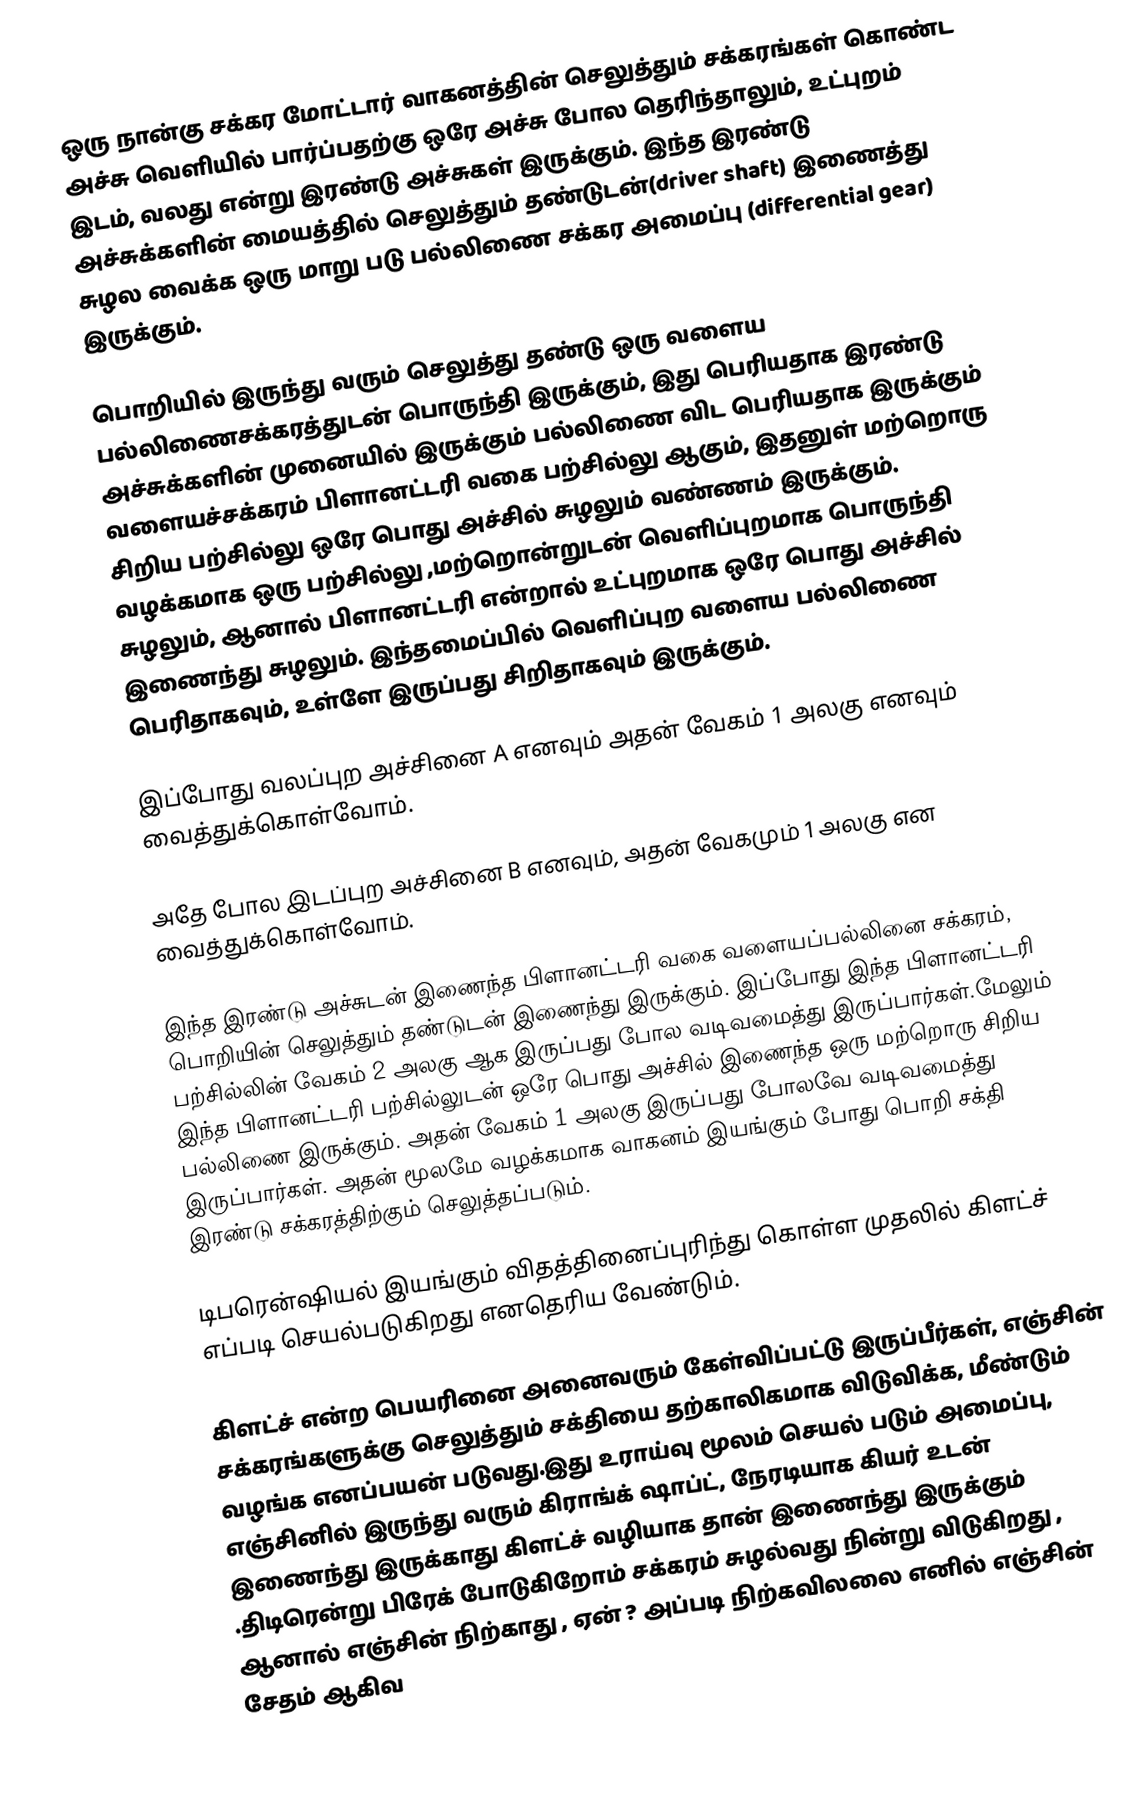
ஒரு நான்கு சக்கர மோட்டார் வாகனத்தின் செலுத்தும் சக்கரங்கள் கொண்ட அச்சு வெளியில் பார்ப்பதற்கு ஒரே அச்சு போல தெரிந்தாலும், உட்புறம் இடம், வலது என்று இரண்டு அச்சுகள் இருக்கும். இந்த இரண்டு அச்சுக்களின் மையத்தில் செலுத்தும் தண்டுடன்(driver shaft) இணைத்து சுழல வைக்க ஒரு மாறு படு பல்லிணை சக்கர அமைப்பு (differential gear) இருக்கும்.

பொறியில் இருந்து வரும் செலுத்து தண்டு ஒரு வளைய பல்லிணைசக்கரத்துடன் பொருந்தி இருக்கும், இது பெரியதாக இரண்டு அச்சுக்களின் முனையில் இருக்கும் பல்லிணை விட பெரியதாக இருக்கும் வளையச்சக்கரம் பிளானட்டரி வகை பற்சில்லு ஆகும், இதனுள் மற்றொரு சிறிய பற்சில்லு ஒரே பொது அச்சில் சுழலும் வண்ணம் இருக்கும். வழக்கமாக ஒரு பற்சில்லு ,மற்றொன்றுடன் வெளிப்புறமாக பொருந்தி சுழலும், ஆனால் பிளானட்டரி என்றால் உட்புறமாக ஒரே பொது அச்சில் இணைந்து சுழலும். இந்தமைப்பில் வெளிப்புற வளைய பல்லிணை பெரிதாகவும், உள்ளே இருப்பது சிறிதாகவும் இருக்கும்.

இப்போது வலப்புற அச்சினை A எனவும் அதன் வேகம் 1 அலகு எனவும் வைத்துக்கொள்வோம்.

அதே போல இடப்புற அச்சினை B எனவும், அதன் வேகமும் 1 அலகு என வைத்துக்கொள்வோம்.

இந்த இரண்டு அச்சுடன் இணைந்த பிளானட்டரி வகை வளையப்பல்லினை சக்கரம், பொறியின் செலுத்தும் தண்டுடன் இணைந்து இருக்கும். இப்போது இந்த பிளானட்டரி பற்சில்லின் வேகம் 2 அலகு ஆக இருப்பது போல வடிவமைத்து இருப்பார்கள்.மேலும் இந்த பிளானட்டரி பற்சில்லுடன் ஒரே பொது அச்சில் இணைந்த ஒரு மற்றொரு சிறிய பல்லிணை இருக்கும். அதன் வேகம் 1 அலகு இருப்பது போலவே வடிவமைத்து இருப்பார்கள். அதன் மூலமே வழக்கமாக வாகனம் இயங்கும் போது பொறி சக்தி இரண்டு சக்கரத்திற்கும் செலுத்தப்படும்.

டிபரென்ஷியல் இயங்கும் விதத்தினைப்புரிந்து கொள்ள முதலில் கிளட்ச் எப்படி செயல்படுகிறது எனதெரிய வேண்டும்.

கிளட்ச் என்ற பெயரினை அனைவரும் கேள்விப்பட்டு இருப்பீர்கள், எஞ்சின் சக்கரங்களுக்கு செலுத்தும் சக்தியை தற்காலிகமாக விடுவிக்க, மீண்டும் வழங்க எனப்பயன் படுவது.இது உராய்வு மூலம் செயல் படும் அமைப்பு, எஞ்சினில் இருந்து வரும் கிராங்க் ஷாப்ட், நேரடியாக கியர் உடன் இணைந்து இருக்காது கிளட்ச் வழியாக தான் இணைந்து இருக்கும் .திடிரென்று பிரேக் போடுகிறோம் சக்கரம் சுழல்வது நின்று விடுகிறது , ஆனால் எஞ்சின் நிற்காது , ஏன் ? அப்படி நிற்கவிலலை எனில் எஞ்சின் சேதம் ஆகிவ